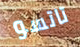
تاتسو